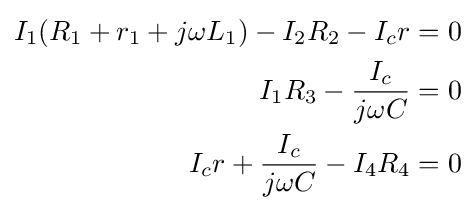
{\begin{aligned}I_{1}(R_{1}+r_{1}+j\omega L_{1})-I_{2}R_{2}-I_{c}r=0\\I_{1}R_{3}-{\frac {I_{c}}{j\omega C}}=0\\I_{c}r+{\frac {I_{c}}{j\omega C}}-I_{4}R_{4}=0\end{aligned}}